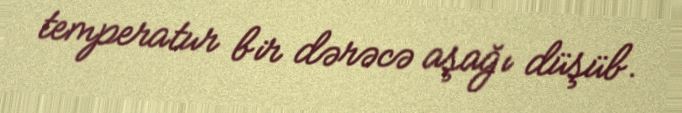
temperatur bir dərəcə aşağı düşüb.